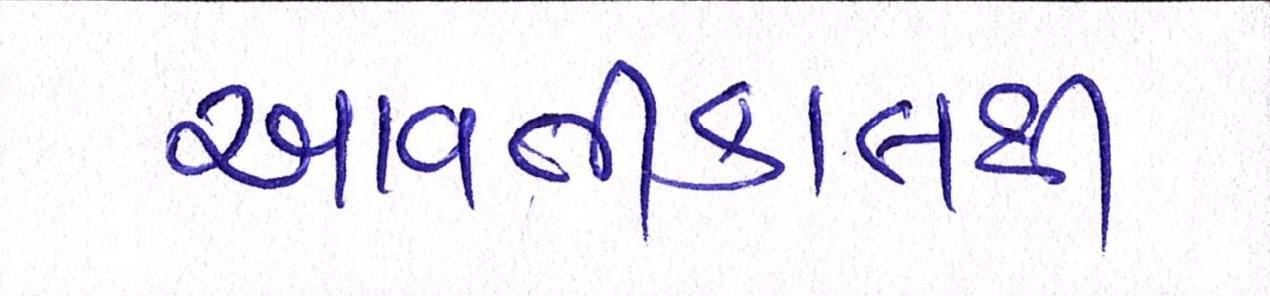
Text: આવતીકાલથી